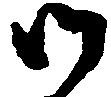
御